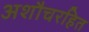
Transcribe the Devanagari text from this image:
अशौचरहित